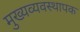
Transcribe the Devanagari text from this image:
मुख्यव्यवस्थापक